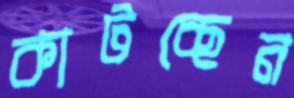
কাটচ্ছেন